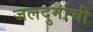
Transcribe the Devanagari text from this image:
जलदुर्गाची